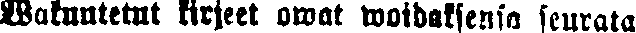
Wakuutetut kirjeet owat woidaksensa seurata